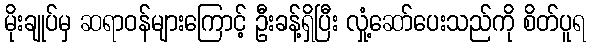
မိုးချုပ်မှ ဆရာဝန်များကြောင့် ဦးခန့်ရှိပြီး လှုံ့ဆော်ပေးသည်ကို စိတ်ပူရ